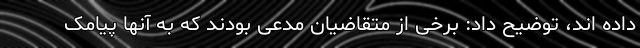
داده اند، توضیح داد: برخی از متقاضیان مدعی بودند که به آنها پیامک